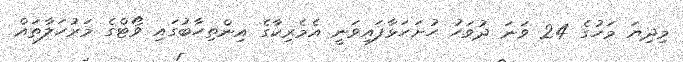
މިދިޔަ މަހުގެ 24 ވަނަ ދުވަހު ހުށަހަޅާފައިވަނީ އެމެރިކާގެ އިންތިހާބުގައި ވޯޓްގެ މަރުހަލާތައް